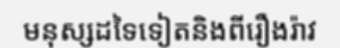
មនុស្សដទៃទៀតនិងពីរឿងរ៉ាវ